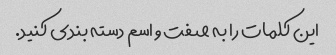
این کلمات را به صفت و اسم دسته بندی کنید.